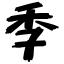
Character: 季